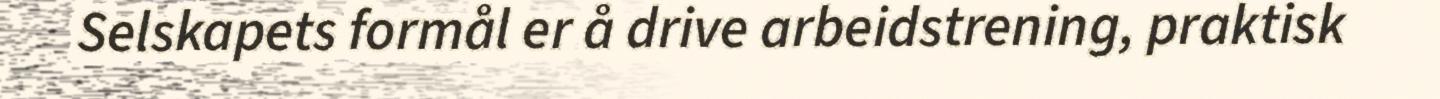
Selskapets formål er å drive arbeidstrening, praktisk